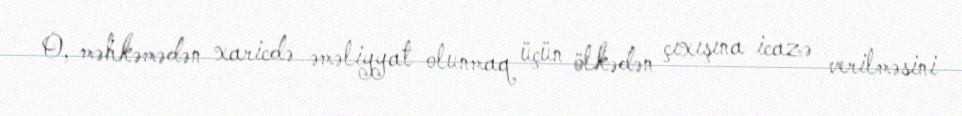
O, məhkəmədən xaricdə əməliyyat olunmaq üçün ölkədən çıxışına icazə verilməsini